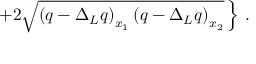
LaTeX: \left. + 2 \sqrt { \left( q - \Delta _ { L } q \right) _ { x _ { 1 } } \left( q - \Delta _ { L } q \right) _ { x _ { 2 } } } \, \right\} \, .